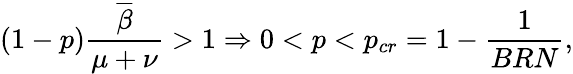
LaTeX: (1-p)\frac{\overline{{\beta}}}{\mu+\nu}>1\Rightarrow 0<p<p_{cr}=1-\frac{1}{BRN},